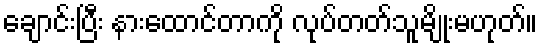
ချောင်းပြီး နားထောင်တာကို လုပ်တတ်သူမျိုးမဟုတ်။